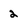
Character: 2